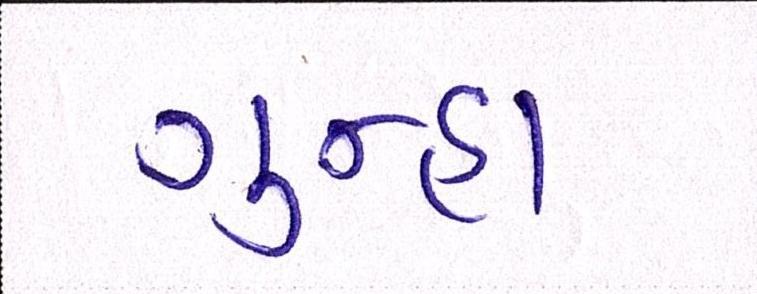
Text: ગુન્હા